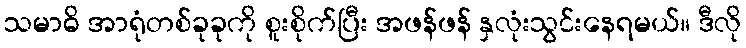
သမာဓိ အာရုံတစ်ခုခုကို စူးစိုက်ပြီး အဖန်ဖန် နှလုံးသွင်းနေရမယ်။ ဒီလို